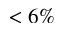
< 6 \%